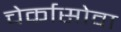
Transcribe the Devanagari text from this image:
चेर्कासोवा